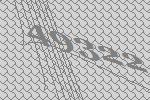
49322